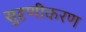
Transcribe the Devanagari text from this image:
सुदृणीकरण